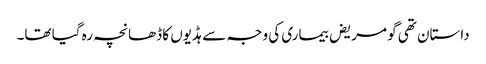
داستان تھی گو مریض بیماری کی وجہ سے ہڈیوں کا ڈھانچہ رہ گیا تھا۔